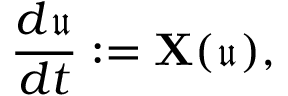
\frac { d \mathfrak { u } } { d t } : = \mathbf { X } ( \mathfrak { u } ) ,